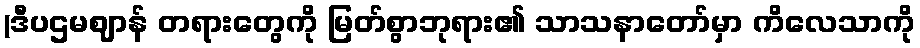
(ဒီပဌမဈာန် တရားတွေကို မြတ်စွာဘုရား၏ သာသနာတော်မှာ ကိလေသာကို